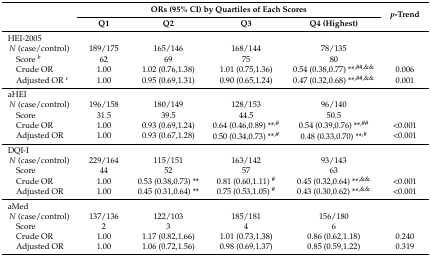
<table><thead><tr><td rowspan="2"></td><td colspan="4"><b>ORs (95% CI) by Quartiles of Each Scores</b></td><td rowspan="2"><b><i>p</i>-Trend</b></td></tr><tr><td><b>Q1</b></td><td><b>Q2</b></td><td><b>Q3</b></td><td><b>Q4 (Highest)</b></td></tr></thead><tbody><tr><td>HEI-2005</td><td></td><td></td><td></td><td></td><td></td></tr><tr><td><i>N</i> (case/control)</td><td>189/175</td><td>165/146</td><td>168/144</td><td>78/135</td><td></td></tr><tr><td> Score <i><sup>b</sup></i></td><td>62</td><td>69</td><td>75</td><td>80</td><td></td></tr><tr><td> Crude OR</td><td>1.00</td><td>1.02 (0.76,1.38)</td><td>1.01 (0.75,1.36)</td><td>0.54 (0.38,0.77) **<sup>,##,&amp;&amp;</sup></td><td>0.006</td></tr><tr><td> Adjusted OR <i><sup>c</sup></i></td><td>1.00</td><td>0.95 (0.69,1.31)</td><td>0.90 (0.65,1.24)</td><td>0.47 (0.32,0.68) **<sup>,##,&amp;&amp;</sup></td><td>0.001</td></tr><tr><td>aHEI</td><td></td><td></td><td></td><td></td><td></td></tr><tr><td><i>N</i> (case/control)</td><td>196/158</td><td>180/149</td><td>128/153</td><td>96/140</td><td></td></tr><tr><td> Score</td><td>31.5</td><td>39.5</td><td>44.5</td><td>50.5</td><td></td></tr><tr><td> Crude OR</td><td>1.00</td><td>0.93 (0.69,1.24)</td><td>0.64 (0.46,0.89) **<sup>,#</sup></td><td>0.54 (0.39,0.76) **<sup>,##</sup></td><td>&lt;0.001</td></tr><tr><td> Adjusted OR</td><td>1.00</td><td>0.93 (0.67,1.28)</td><td>0.50 (0.34,0.73) **<sup>,#</sup></td><td>0.48 (0.33,0.70) **<sup>,#</sup></td><td>&lt;0.001</td></tr><tr><td>DQI-I</td><td></td><td></td><td></td><td></td><td></td></tr><tr><td><i>N</i> (case/control)</td><td>229/164</td><td>115/151</td><td>163/142</td><td>93/143</td><td></td></tr><tr><td> Score</td><td>44</td><td>52</td><td>57</td><td>63</td><td></td></tr><tr><td> Crude OR</td><td>1.00</td><td>0.53 (0.38,0.73) **</td><td>0.81 (0.60,1.11) <sup>#</sup></td><td>0.45 (0.32,0.64) **<sup>,&amp;&amp;</sup></td><td>&lt;0.001</td></tr><tr><td> Adjusted OR</td><td>1.00</td><td>0.45 (0.31,0.64) **</td><td>0.75 (0.53,1.05) <sup>#</sup></td><td>0.43 (0.30,0.62) **<sup>,&amp;&amp;</sup></td><td>&lt;0.001</td></tr><tr><td>aMed</td><td></td><td></td><td></td><td></td><td></td></tr><tr><td><i>N</i> (case/control)</td><td>137/136</td><td>122/103</td><td>185/181</td><td>156/180</td><td></td></tr><tr><td> Score</td><td>2</td><td>3</td><td>4</td><td>6</td><td></td></tr><tr><td> Crude OR</td><td>1.00</td><td>1.17 (0.82,1.66)</td><td>1.01 (0.73,1.38)</td><td>0.86 (0.62,1.18)</td><td>0.240</td></tr><tr><td> Adjusted OR</td><td>1.00</td><td>1.06 (0.72,1.56)</td><td>0.98 (0.69,1.37)</td><td>0.85 (0.59,1.22)</td><td>0.319</td></tr></tbody></table>